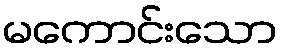
မကောင်းသော